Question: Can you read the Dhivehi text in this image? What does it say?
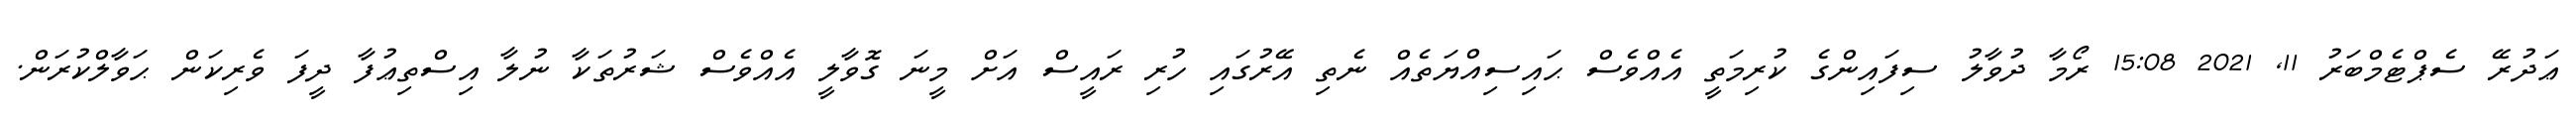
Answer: ޢަދުރޭ ސެޕްޓެމްބަރު 11, 2021 15:08 ރޯމާ ދުވާލު ސިފައިންގެ ކުރިމަތީ އެއްވެސް ޙައިސިއްޔަތެއް ނެތި އޭރުގައި ހުރި ރައީސް އަށް މީނަ ގޮވާލީ އެއްވެސް ޝަރުތަކާ ނުލާ އިސްތިޢުފާ ދީފަ ވެރިކަން ޙަވާލްކުރަން.